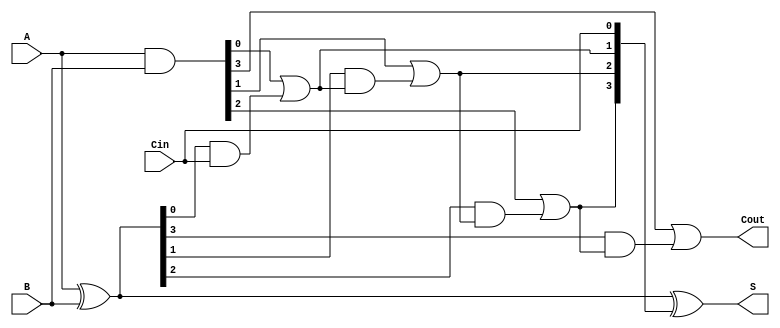
module CarryInLookaheadAdder #(
    parameter N = 4 // Width of the adder
)(
    input  [N-1:0] A,      // First n-bit input
    input  [N-1:0] B,      // Second n-bit input
    input  Cin,            // Carry in
    output [N-1:0] S,      // Sum output
    output Cout            // Carry out
);

    wire [N-1:0] G;        // Generate signals
    wire [N-1:0] P;        // Propagate signals
    wire [N:0] C;          // Carry signals

    // Generate and Propagate Logic
    assign G = A & B;      // G[i] = A[i] AND B[i]
    assign P = A ^ B;      // P[i] = A[i] XOR B[i]

    // Carry Calculation
    assign C[0] = Cin;     // C[0] = Cin
    genvar i;
    generate
        for (i = 0; i < N; i = i + 1) begin : carry_calc
            if (i == 0) begin
                // C[1] = G[0] OR (P[0] AND C[0])
                assign C[i + 1] = G[i] | (P[i] & C[i]);
            end else begin
                // C[i+1] = G[i] OR (P[i] AND C[i])
                assign C[i + 1] = G[i] | (P[i] & C[i]);
            end
        end
    endgenerate

    // Sum Calculation
    assign S = P ^ C[N-1:0]; // S[i] = P[i] XOR C[i]

    // Carry Out
    assign Cout = C[N]; // Cout = C[n]

endmodule